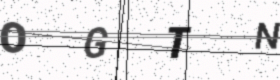
Text: OGTN